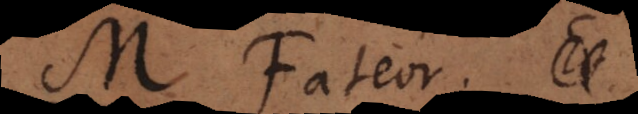
M. Fateor. T.